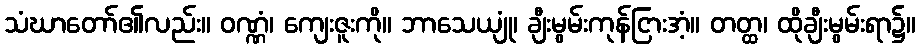
သံဃာတော်၏လည်း။ ဝဏ္ဏံ၊ ကျေးဇူးကို။ ဘာသေယျုံ၊ ချီးမွမ်းကုန်ငြားအံ့။ တတ္ထ၊ ထိုချီးမွမ်းရာ၌။